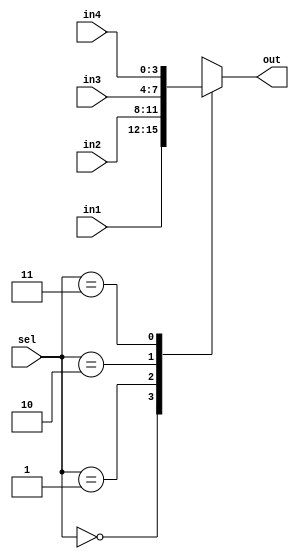
module MUX_4(in1, in2, in3, in4, sel, out);
  input [3:0] in1, in2, in3, in4;
  input [1:0] sel;
  output [3:0] out;

  reg [3:0] out;
  
  always @(in1, in2, in3, in4, sel) begin
    case (sel)
	  2'b00: out = in1;
	  2'b01: out = in2;
	  2'b10: out = in3;
	  2'b11: out = in4;
	endcase
  end
endmodule